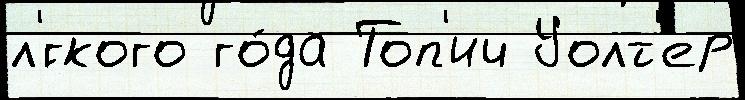
л'́гкого го́да Топ'ич Уолт'ер